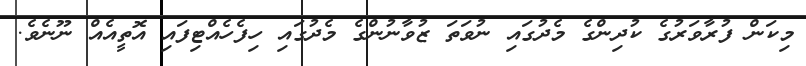
މިކަން ފުރާވަރުގެ ކުދިންގެ މެދުގައި ނުވަތަ ޒުވާނުންގެ މެދުގައި ހިފެހެއްޓިފައި އޮތީއެއް ނޫނެވެ.